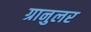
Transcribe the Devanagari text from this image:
ग्रानुलर